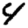
Digit: 4